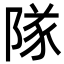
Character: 隊